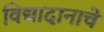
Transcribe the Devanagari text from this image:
विद्यादानाचे